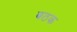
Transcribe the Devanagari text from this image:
बठक